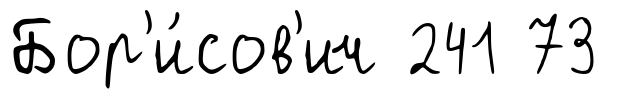
Бор'и́сов'ич 241 73